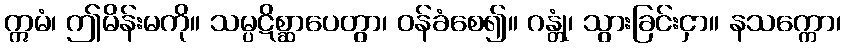
ဣမံ၊ ဤမိန်းမကို။ သမ္ပဋိစ္ဆာပေတွာ၊ ဝန်ခံစေ၍။ ဂန္တုံ၊ သွားခြင်းငှာ။ နသက္ကော၊